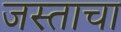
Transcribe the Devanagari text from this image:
जस्ताचा